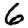
Digit: 6